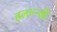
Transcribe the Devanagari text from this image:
हलान्न्की